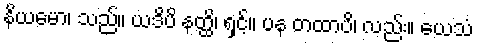
နိယမော၊ သည်။ ယဒိပိ နတ္ထိ၊ ရှင့်။ ပန တထာပိ၊ လည်း။ ယေသံ